Document type: Acquittance
Year: 1296
Scribe: Jaume de Malví
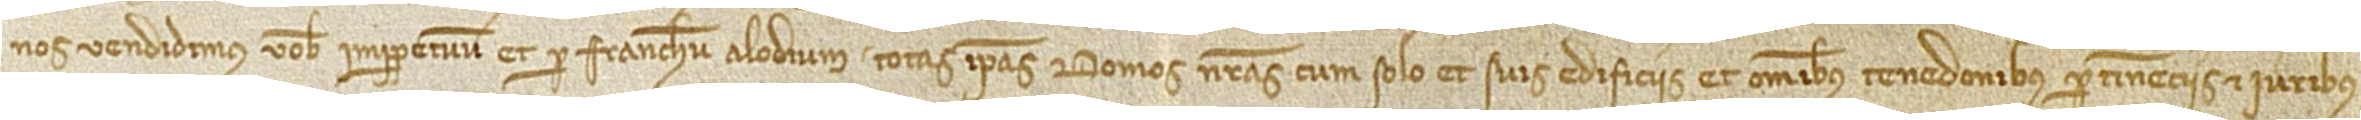
nos vendidimus vobis imperpetuum et per franchum alodium totas ipsas domos nostras, cum solo et suis edificiis et omnibus tenedonibus, pertinenciis et iuribus